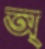
অ্